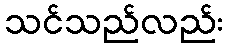
သင်သည်လည်း